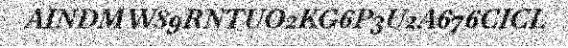
AINDMW89RNTUO2KG6P3U2A676CICL